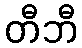
တီဘီ